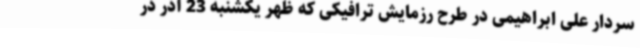
سردار علی ابراهیمی در طرح رزمایش ترافیکی که ظهر یکشنبه 23 آذر در